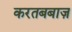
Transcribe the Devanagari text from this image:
करतबबाज़